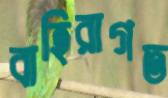
বাহিরাগত